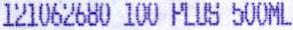
121062680 100 PLUS 500ML